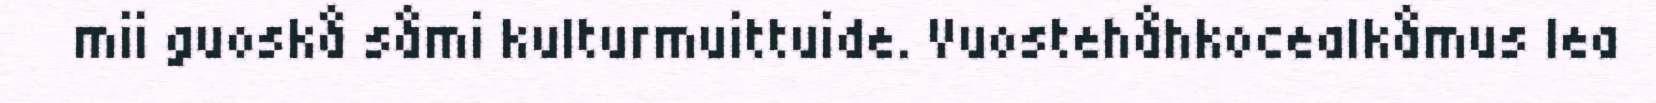
mii guoskå såmi kulturmuittuide. Vuostehåhkocealkåmus lea